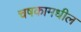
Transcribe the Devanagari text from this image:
चषकामधील